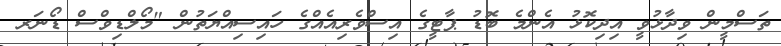
ތަސްމީން ވިދާޅުވީ އިދިކޮޅު އެންމެ ބޮޑު ޕާޓީގެ އިސްވެރިއެއްގެ ހައިސިއްޔަތުން "މޯލްޑިވްސް ޑޯނަރ